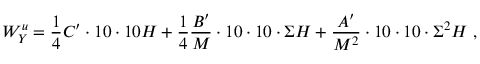
W _ { Y } ^ { u } = \frac { 1 } { 4 } C ^ { \prime } \cdot 1 0 \cdot 1 0 H + \frac { 1 } { 4 } \frac { B ^ { \prime } } { M } \cdot 1 0 \cdot 1 0 \cdot \Sigma H + \frac { A ^ { \prime } } { M ^ { 2 } } \cdot 1 0 \cdot 1 0 \cdot \Sigma ^ { 2 } H ~ ,